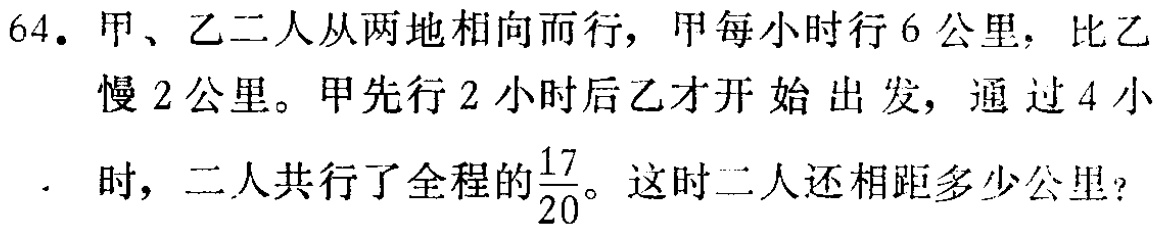
64. 甲、乙二人从两地相向而行，甲每小时行 6 公里，比乙慢 2 公里。甲先行 2 小时后乙才开始出发，通过 4 小时，二人共行了全程的$\frac{17}{20}$。这时二人还相距多少公里？